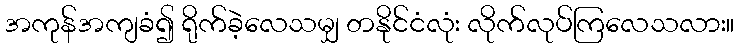
အကုန်အကျခံ၍ ရိုက်ခဲ့လေသမျှ တနိုင်ငံလုံး လိုက်လုပ်ကြလေသလား။